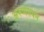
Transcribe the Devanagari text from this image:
अरुणनयन